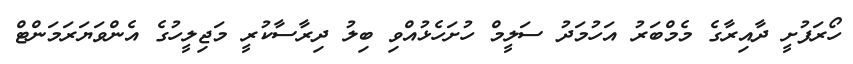
ހޯރަފުށީ ދާއިރާގެ މެމްބަރު އަހުމަދު ސަލީމް ހުށަހެޅުއްވި ބިލު ދިރާސާކުރީ މަޖިލީހުގެ އެންވަޔަރަަމަންޓް